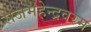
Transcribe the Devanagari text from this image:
राजमहेन्द्रवरम